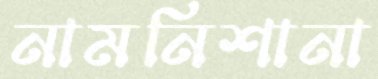
নামনিশানা